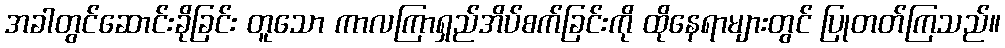
အခါတွင်ဆောင်းခိုခြင်း တူသော ကာလကြာရှည်အိပ်စက်ခြင်းကို ထိုနေရာများတွင် ပြုတတ်ကြသည်။